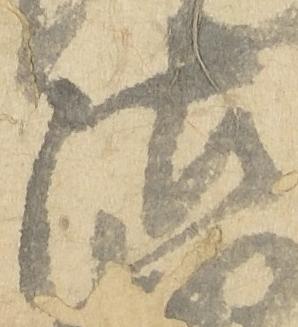
沽